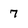
Character: 7